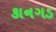
કાનગડ